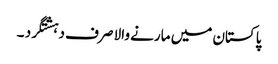
پاکستان میں مارنے والا صرف دہشتگرد ۔